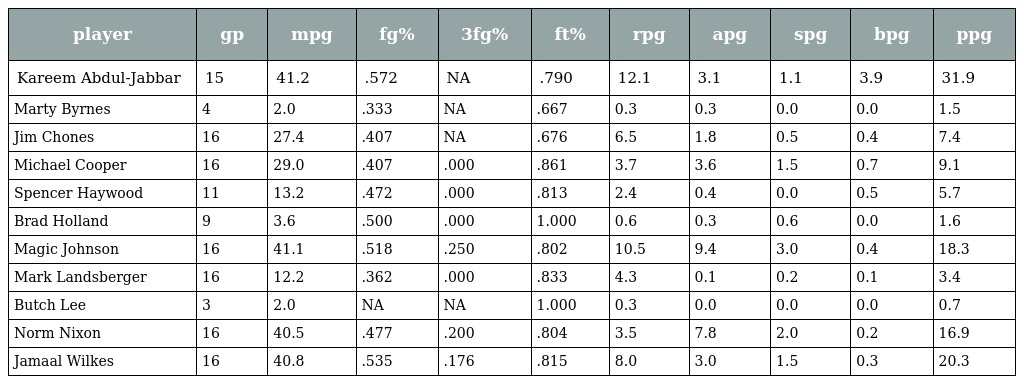
| player | gp | mpg | fg% | 3fg% | ft% | rpg | apg | spg | bpg | ppg |
 | --- | --- | --- | --- | --- | --- | --- | --- | --- | --- | --- |
 | Kareem Abdul-Jabbar | 15 | 41.2 | .572 | NA | .790 | 12.1 | 3.1 | 1.1 | 3.9 | 31.9 |
 | Marty Byrnes | 4 | 2.0 | .333 | NA | .667 | 0.3 | 0.3 | 0.0 | 0.0 | 1.5 |
 | Jim Chones | 16 | 27.4 | .407 | NA | .676 | 6.5 | 1.8 | 0.5 | 0.4 | 7.4 |
 | Michael Cooper | 16 | 29.0 | .407 | .000 | .861 | 3.7 | 3.6 | 1.5 | 0.7 | 9.1 |
 | Spencer Haywood | 11 | 13.2 | .472 | .000 | .813 | 2.4 | 0.4 | 0.0 | 0.5 | 5.7 |
 | Brad Holland | 9 | 3.6 | .500 | .000 | 1.000 | 0.6 | 0.3 | 0.6 | 0.0 | 1.6 |
 | Magic Johnson | 16 | 41.1 | .518 | .250 | .802 | 10.5 | 9.4 | 3.0 | 0.4 | 18.3 |
 | Mark Landsberger | 16 | 12.2 | .362 | .000 | .833 | 4.3 | 0.1 | 0.2 | 0.1 | 3.4 |
 | Butch Lee | 3 | 2.0 | NA | NA | 1.000 | 0.3 | 0.0 | 0.0 | 0.0 | 0.7 |
 | Norm Nixon | 16 | 40.5 | .477 | .200 | .804 | 3.5 | 7.8 | 2.0 | 0.2 | 16.9 |
 | Jamaal Wilkes | 16 | 40.8 | .535 | .176 | .815 | 8.0 | 3.0 | 1.5 | 0.3 | 20.3 |